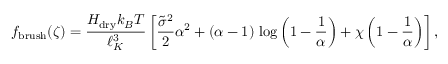
f _ { \mathrm { b r u s h } } ( \zeta ) = \frac { H _ { \mathrm { d r y } } k _ { B } T } { \ell _ { K } ^ { 3 } } \left[ \frac { \tilde { \sigma } ^ { 2 } } { 2 } \alpha ^ { 2 } + ( \alpha - 1 ) \, \log \left( 1 - \frac { 1 } { \alpha } \right) + \chi \left( 1 - \frac { 1 } { \alpha } \right) \right] ,